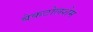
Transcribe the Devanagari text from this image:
बेकटोलशेम